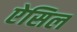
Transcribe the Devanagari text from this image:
ऐसिल